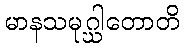
မာနသမုဂ္ဃါတောတိ